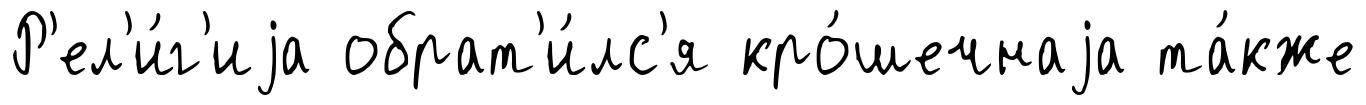
Р'ел'и́г'иjа обрат'и́лс'я кро́шечнаjа та́кже